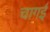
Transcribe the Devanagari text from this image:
चागई